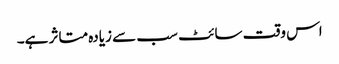
اس وقت سائٹ سب سے زیادہ متاثر ہے۔